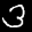
Label: 3